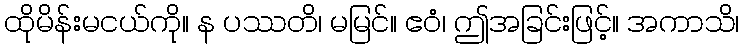
ထိုမိန်းမငယ်ကို။ န ပဿတိ၊ မမြင်။ ဧဝံ၊ ဤအခြင်းဖြင့်။ အကာသိ၊